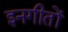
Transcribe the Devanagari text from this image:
इनगीतों